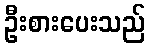
ဦးစားပေးသည်